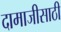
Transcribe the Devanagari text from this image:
दामाजीसाठी